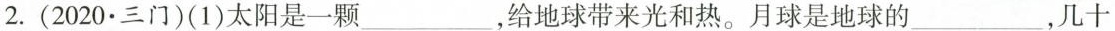
2.(2020.三门)(1)太阳是一颗___，给地球带来光和热。月球是地球的___，几十